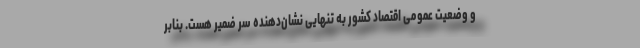
و وضعیت عمومی اقتصاد کشور به تنهایی نشان‌دهنده سرّ ضمیر هست. بنابر